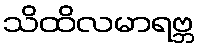
သိထိလမာရဗ္ဘ